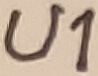
Text: U1